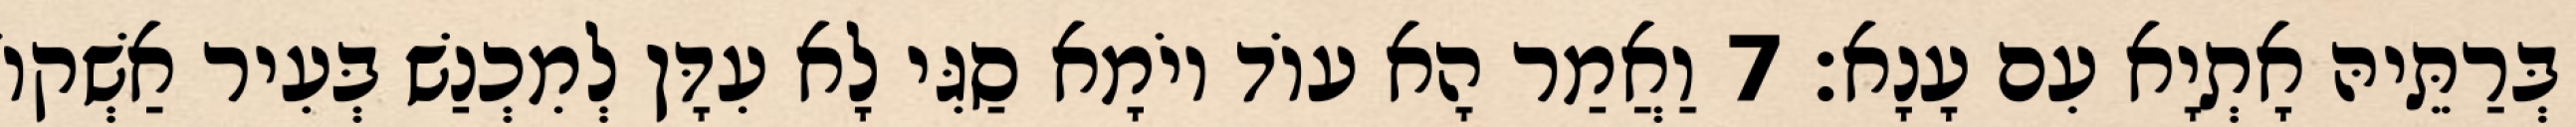
בְּרַתֵּיהּ אָתְיָא עִם עָנָא׃ 7 וַאֲמַר הָא עוֹד יוֹמָא סַגִּי לָא עִדָּן לְמִכְנַשׁ בְּעִיר אַשְׁקוֹ